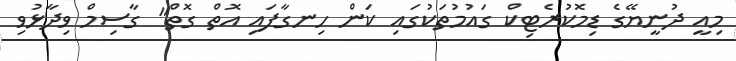
މިއީ ދުނީޔޭގެ ޑިމޮކުރެޓިކް ގައުމުތަކުގައި ކަން ހިނގާފައި އޮތް ގޮތް" ގާސިމް ވިދާޅުވި